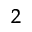
^ 2